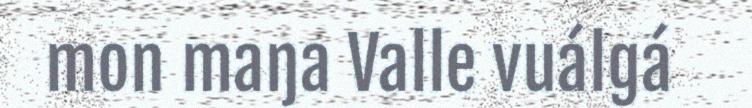
mon maŋa Valle vuálgá